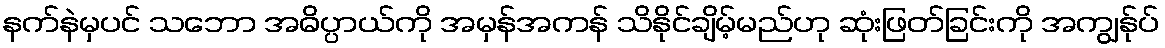
နက်နဲမှပင် သဘော အဓိပ္ပာယ်ကို အမှန်အကန် သိနိုင်ချိမ့်မည်ဟု ဆုံးဖြတ်ခြင်းကို အကျွန်ုပ်